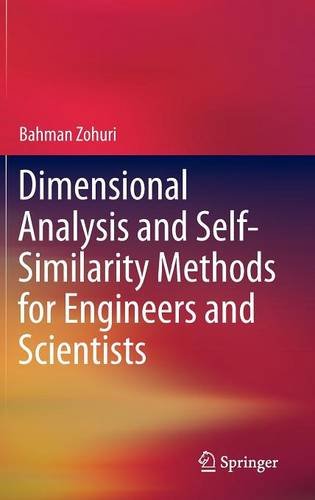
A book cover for Dimensional Analysis and Self-Similarity Methods for Engineers and Scientists; Bahman Zohuri; Science & Math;